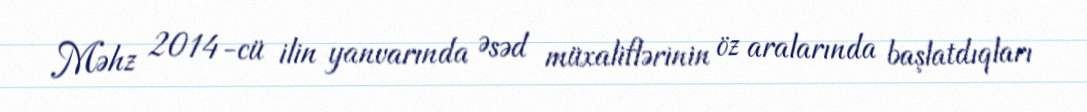
Məhz 2014-cü ilin yanvarında Əsəd müxaliflərinin öz aralarında başlatdıqları